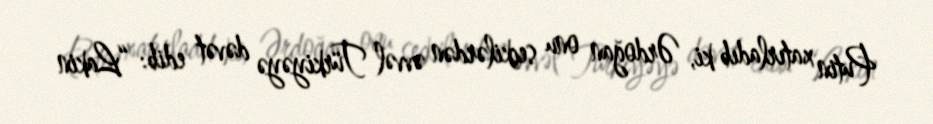
Putin xatırladıb ki, Ərdoğan onu seçkilərdən əvvəl Türkiyəyə dəvət edib: “Lakin